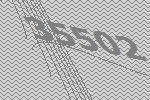
35502